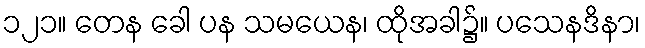
၁၂၁။ တေန ခေါ ပန သမယေန၊ ထိုအခါ၌။ ပသေနဒိနာ၊